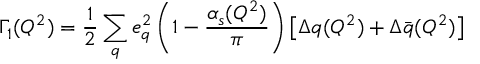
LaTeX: \Gamma _ { 1 } ( Q ^ { 2 } ) = \frac { 1 } { 2 } \sum _ { q } e _ { q } ^ { 2 } \left( 1 - \frac { \alpha _ { s } ( Q ^ { 2 } ) } { \pi } \right) \left[ \Delta q ( Q ^ { 2 } ) + \Delta \bar { q } ( Q ^ { 2 } ) \right]